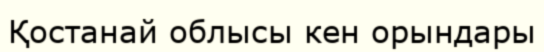
Қостанай облысы кен орындары